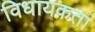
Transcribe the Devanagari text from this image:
विधायकता